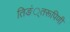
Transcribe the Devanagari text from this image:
तिङं्तरूपिणी